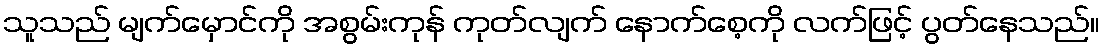
သူသည် မျက်မှောင်ကို အစွမ်းကုန် ကုတ်လျက် နောက်စေ့ကို လက်ဖြင့် ပွတ်နေသည်။